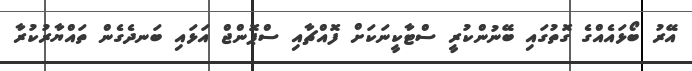
އޭރު ބޯޅައެއްގެ ގޮތުގައި ބޭނުންކުރީ ސްޓާކީނަކަށް ފޮއްޗާއި ސްޕޮންޖް އަޅައި ބަނދެގެން ތައްޔާރުކުރާ